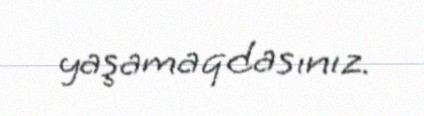
yaşamaqdasınız.